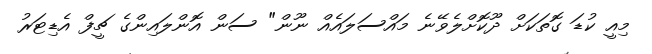
މިއީ ކުޑަ ގޮތަކަށް ދޫކޮށްލެވޭނެ މައްސަލައެއް ނޫން" ސަން އޮންލައިންގެ ޗީފް އެޑިޓަރު